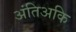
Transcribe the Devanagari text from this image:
अंतिअकि